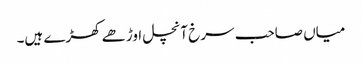
میاں صاحب سرخ آنچل اوڑھے کھڑے ہیں۔